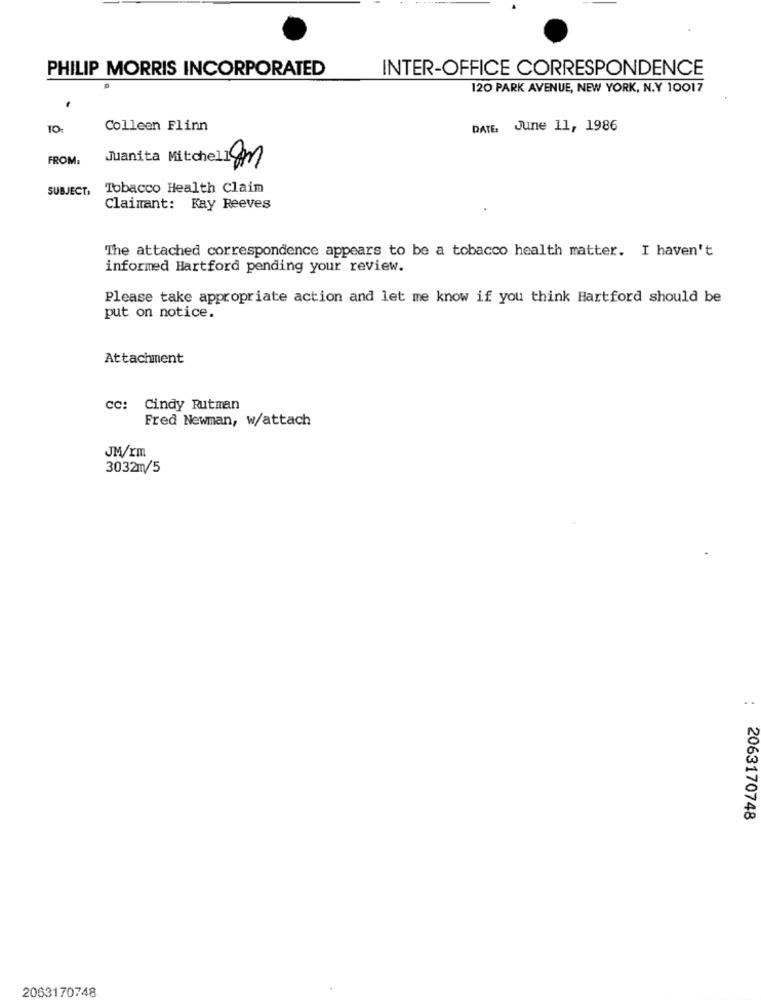
PHILIP MORRIS INCORPORATED
INTER-OFFICE CORRESPONDENCE
120 PARK AVENUE, NEW YORK, N.Y 10017
TO:
Colleen Flinn
DATE, June 11, 1986
FROM:
Juanita Mitchell 8m
SUBJECT,
Tobacco Health Claim
Claimant: Kay Reeves
The attached correspondence appears to be a tobacco health matter. I haven't
informed Hartford pending your review.
Please take appropriate action and let me know if you think Hartford should be
put on notice.
Attachment
cc: Cindy Rutman
Fred Newman, w/attach
JM/rm
3032m/5
2063170748
2063170748